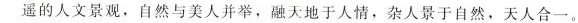
遥的人文景观，自然与美人并举，融天地于人情，杂人景于自然，天人合一。